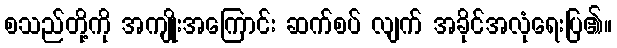
စသည်တို့ကို အကျိုးအကြောင်း ဆက်စပ် လျက် အခိုင်အလုံရေးပြ၏။